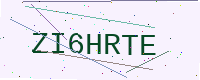
Text: ZI6HRTE